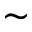
\sim